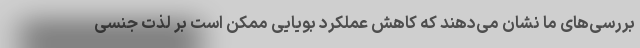
بررسی‌های ما نشان می‌دهند که کاهش عملکرد بویایی ممکن است بر لذت جنسی